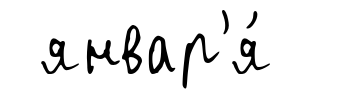
январ'я́